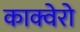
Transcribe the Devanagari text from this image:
काक्वेरो